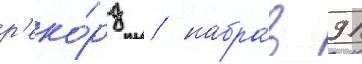
р'еко́рд / набра́в 91